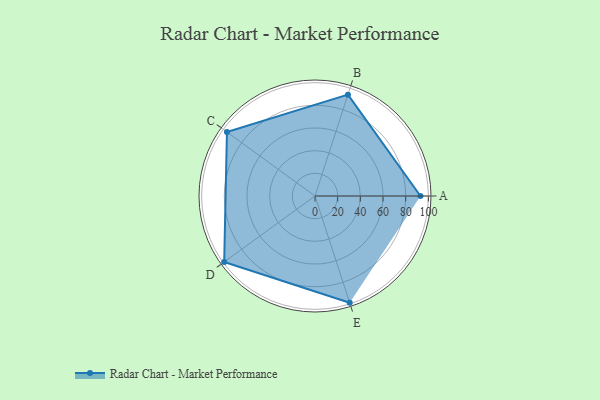
{"axis": {"x": "Skill", "y": "Score"}, "legend": ["Profile"], "data": [{"x": "A", "y": 93.0, "type": "Profile"}, {"x": "B", "y": 94.0, "type": "Profile"}, {"x": "C", "y": 96.0, "type": "Profile"}, {"x": "D", "y": 99, "type": "Profile"}, {"x": "E", "y": 99, "type": "Profile"}]}